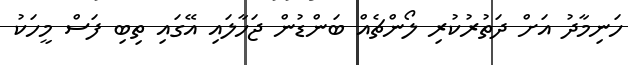
ހަނިމާދު އަށް ދަތުރުކުރި ލޯންޗެއް ބަންޑުން ޖަހާލައި އޭގައި ތިބި ފަސް މީހަކު